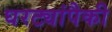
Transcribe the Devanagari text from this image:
घरट्यांपैकी